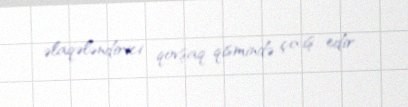
əlaqələndirici qovşaq qismində çıxış edir.